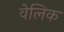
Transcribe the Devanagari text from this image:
वेलिक